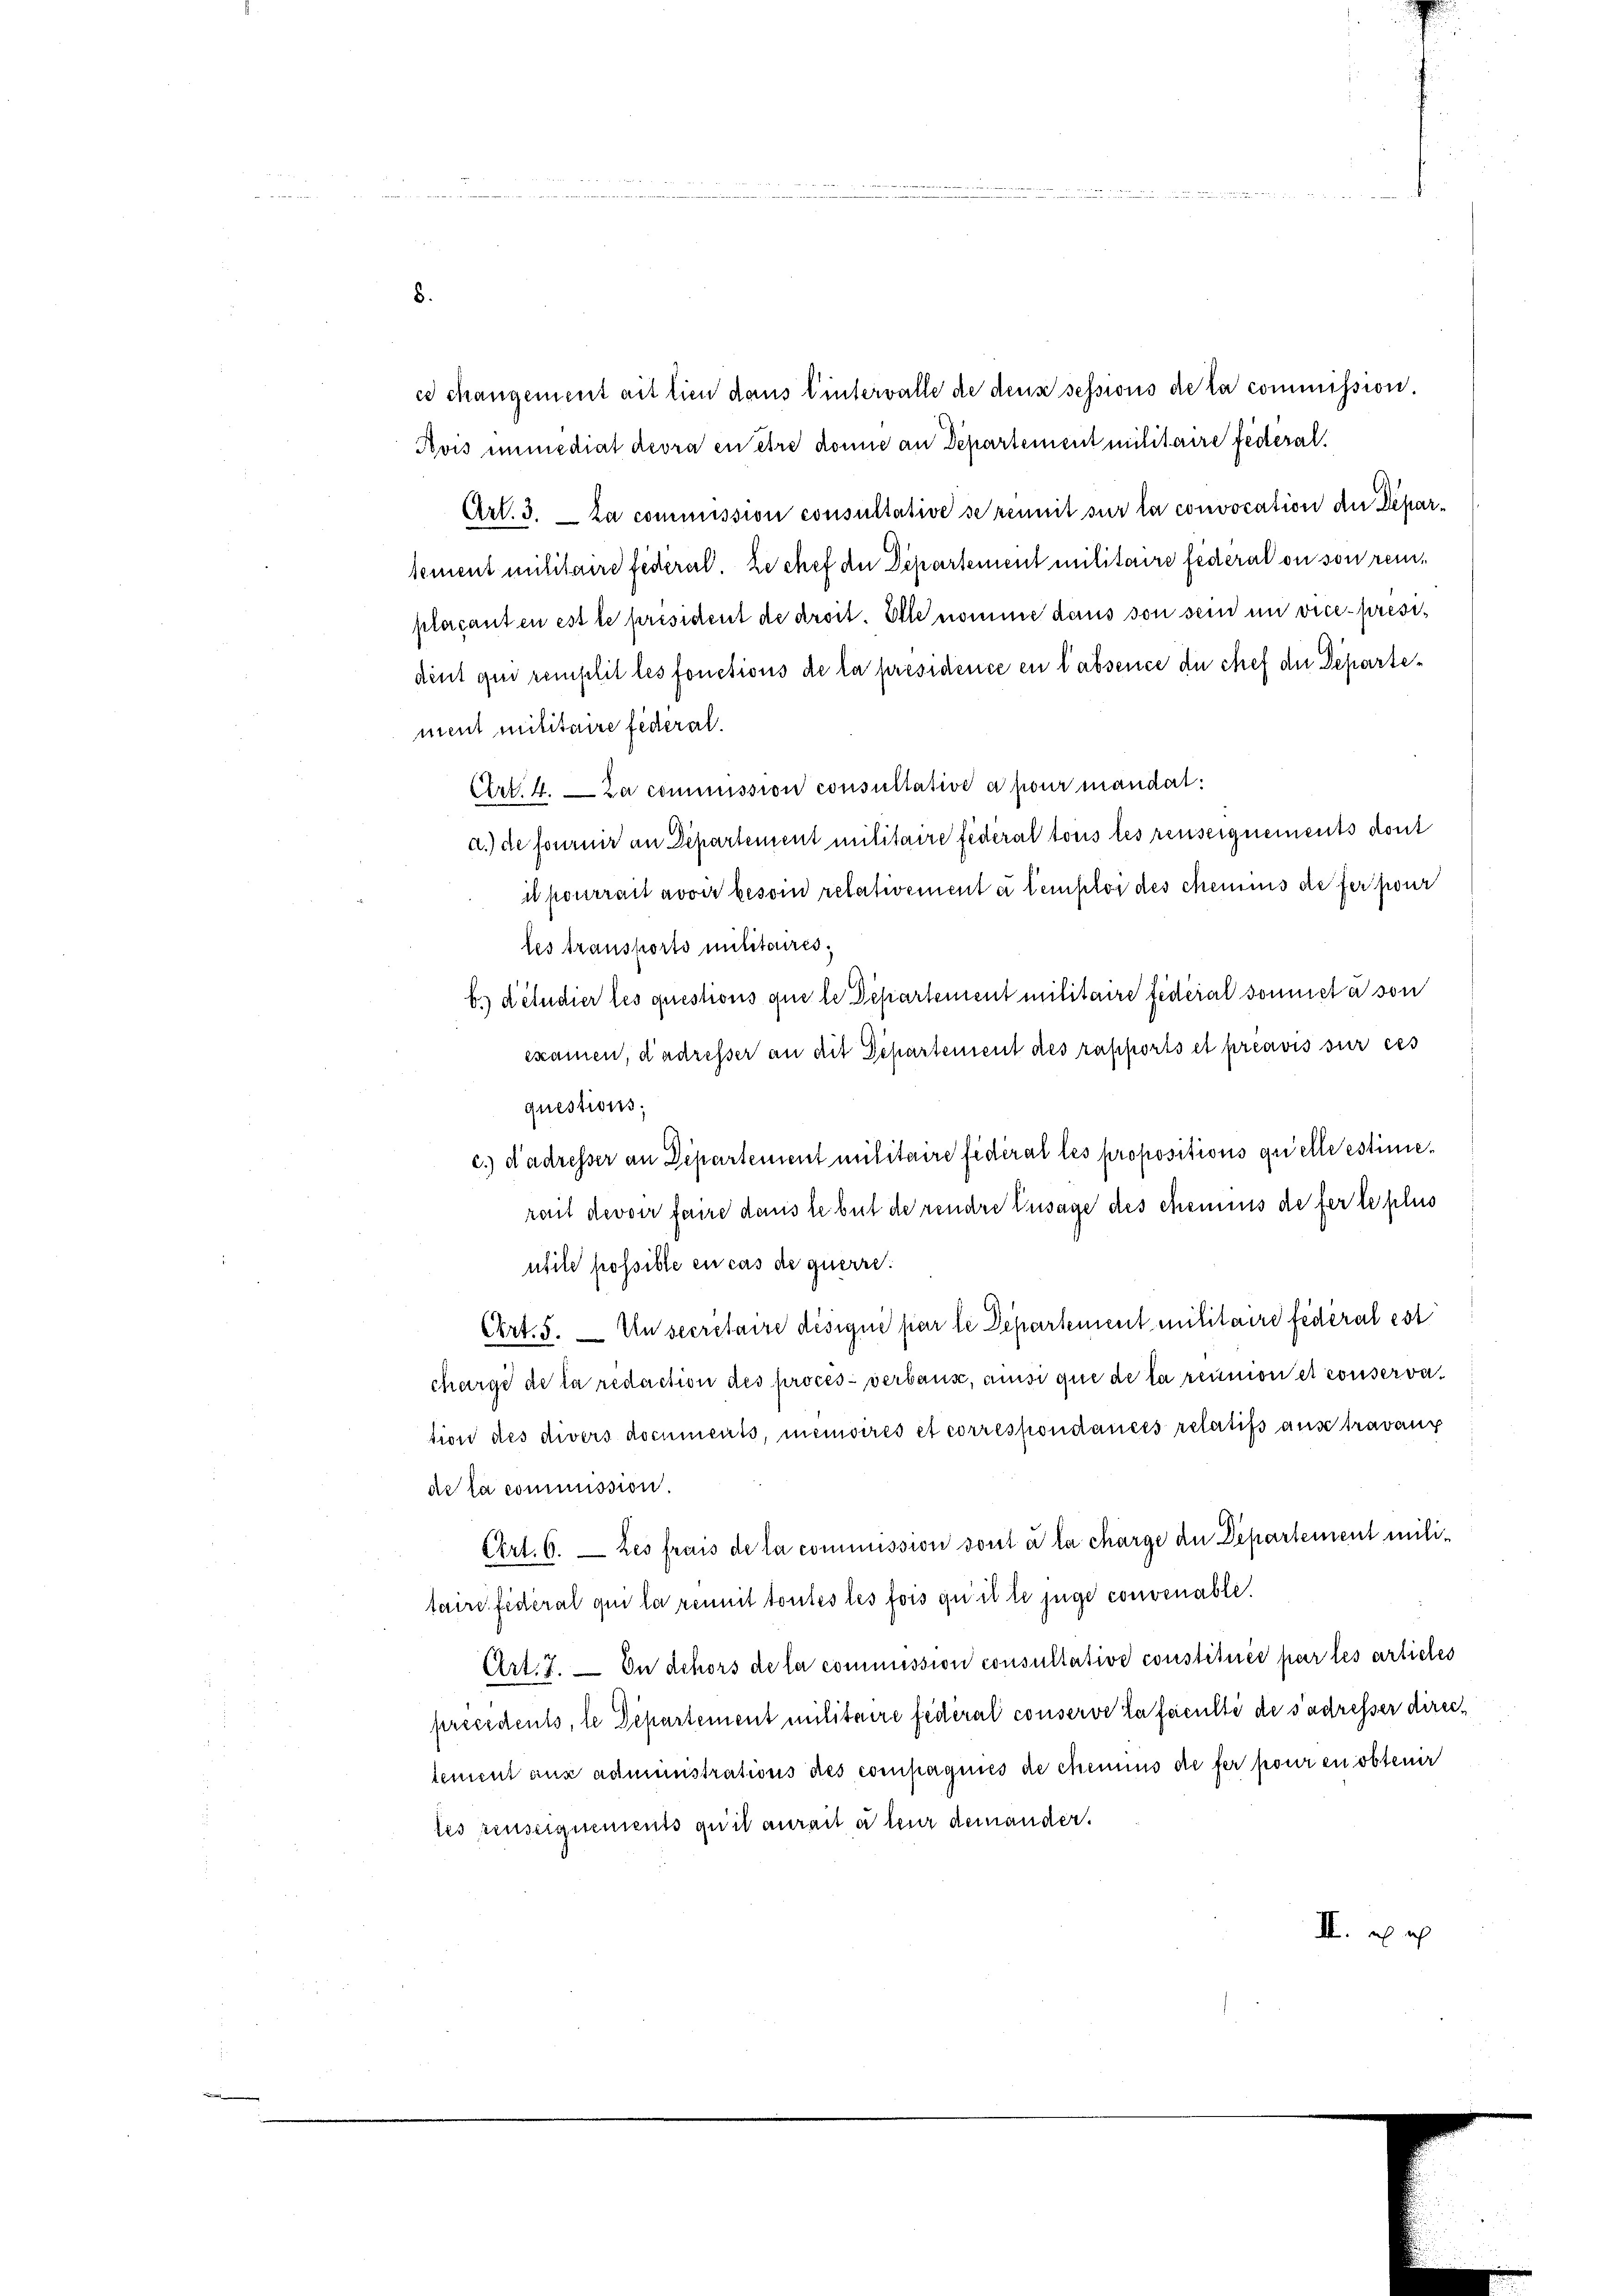
cs changement ait lien dans lintervalle de dens sessions de la commission.
Avis immediat devra en être donne an Departement militaire federat.
Art. 3. — La commission consultative se renmit sur la convocation der Deparsement militaire federal. Le chef der Departement militaire federat ou son remplaçanten est le président de arsit. Ette nomme dans von sein im vice president qui remplit les fonctions de la présidence en l'absence du chef der Departement militaire federal.
Art. 4. — La commission consultative a pour mandal:
a.) de fournir an Departement militaire federal tous les reuseignements dont
il pourrait avoir beson relativement à temploi des chemins de fer pour
les transports militaires;
Es détudier les questions que le Departement militaire fédéral sonnet à son
examen, dadresser an dit Departement des rapports et préavis sur ces
questions;
c.) dadresser an Departement militaire fédéral les propositions quelle estimierait devoir faire dans le but de rendre Zusage des chemnis de fer le plus
utile possible en cas de querre.
Ehrt. 5. Un secretaire désigné par le Departement militaire fédéral est
charge de la redaction des procès-verbaus, ansi que de la reumon et conservation des divers documents, meinoires et correspondances relatifs aus travaux
de la commission.
Ehrt. 6. — Les frais de la commission sont à la charge an Departement militaire federal qui la renmit toutes les fois quit le juge convenabli.
Art. 7. — In dehors de la commission consultative constituée par les articles
precedents, le Departement militaire fédéral conserve la faculté de s’adresser direclement aus administrations des compagnies de chemnus de fer pouren obtenir
les reuserquements quit aurait à leur demander.
II x

8.